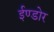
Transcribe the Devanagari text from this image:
ईण्डोर